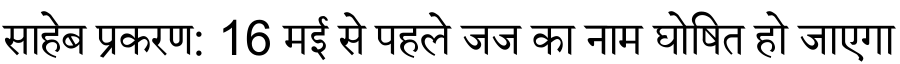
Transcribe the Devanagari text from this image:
साहेब प्रकरण: 16 मई से पहले जज का नाम घोषित हो जाएगा